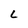
Character: L